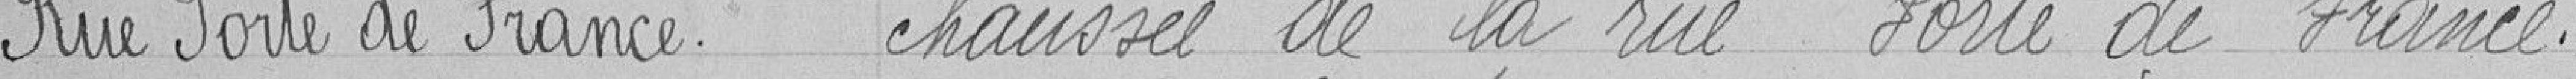
Rue Porte de France chaussée de la rue Porte de France